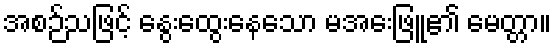
အစဉ်သဖြင့် နွေးထွေးနေသော မအေးဖြူ၏ မေတ္တာ။